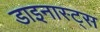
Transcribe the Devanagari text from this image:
डाइनास्ट्स